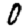
Digit: 0